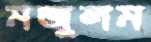
মজুলম